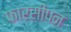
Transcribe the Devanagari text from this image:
फारसीपन